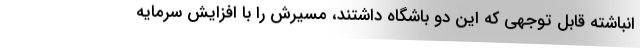
انباشته قابل توجهی که این دو باشگاه داشتند، مسیرش را با افزایش سرمایه